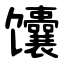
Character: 馕